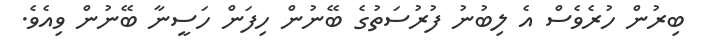
ބިރުން ހުރެވެސް އެ ލިބުނު ފުރުސަތުގެ ބޭނުން ހިފަން ހަސީނާ ބޭނުން ވިއެވެ.